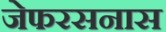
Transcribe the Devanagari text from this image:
जेफरसनास